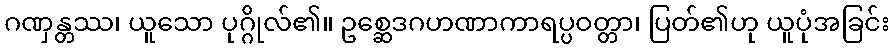
ဂဏှန္တဿ၊ ယူသော ပုဂ္ဂိုလ်၏။ ဥစ္ဆေဒဂဟဏာကာရပ္ပဝတ္တာ၊ ပြတ်၏ဟု ယူပုံအခြင်း